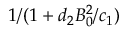
1 / ( 1 + d _ { 2 } B _ { 0 } ^ { 2 } / c _ { 1 } )